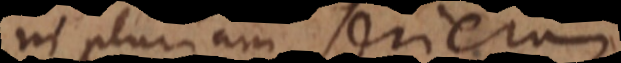
in plurium serierum